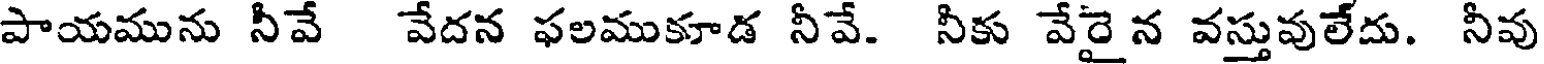
పాయమును నీవే వేదన ఫలముకూడ నీవే. నీకు వేరైన వస్తువులేదు. నీవు